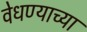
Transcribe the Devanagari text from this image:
वेधण्याच्या